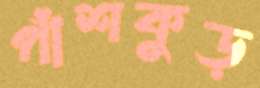
পাঁশকুড়